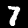
Digit: 7